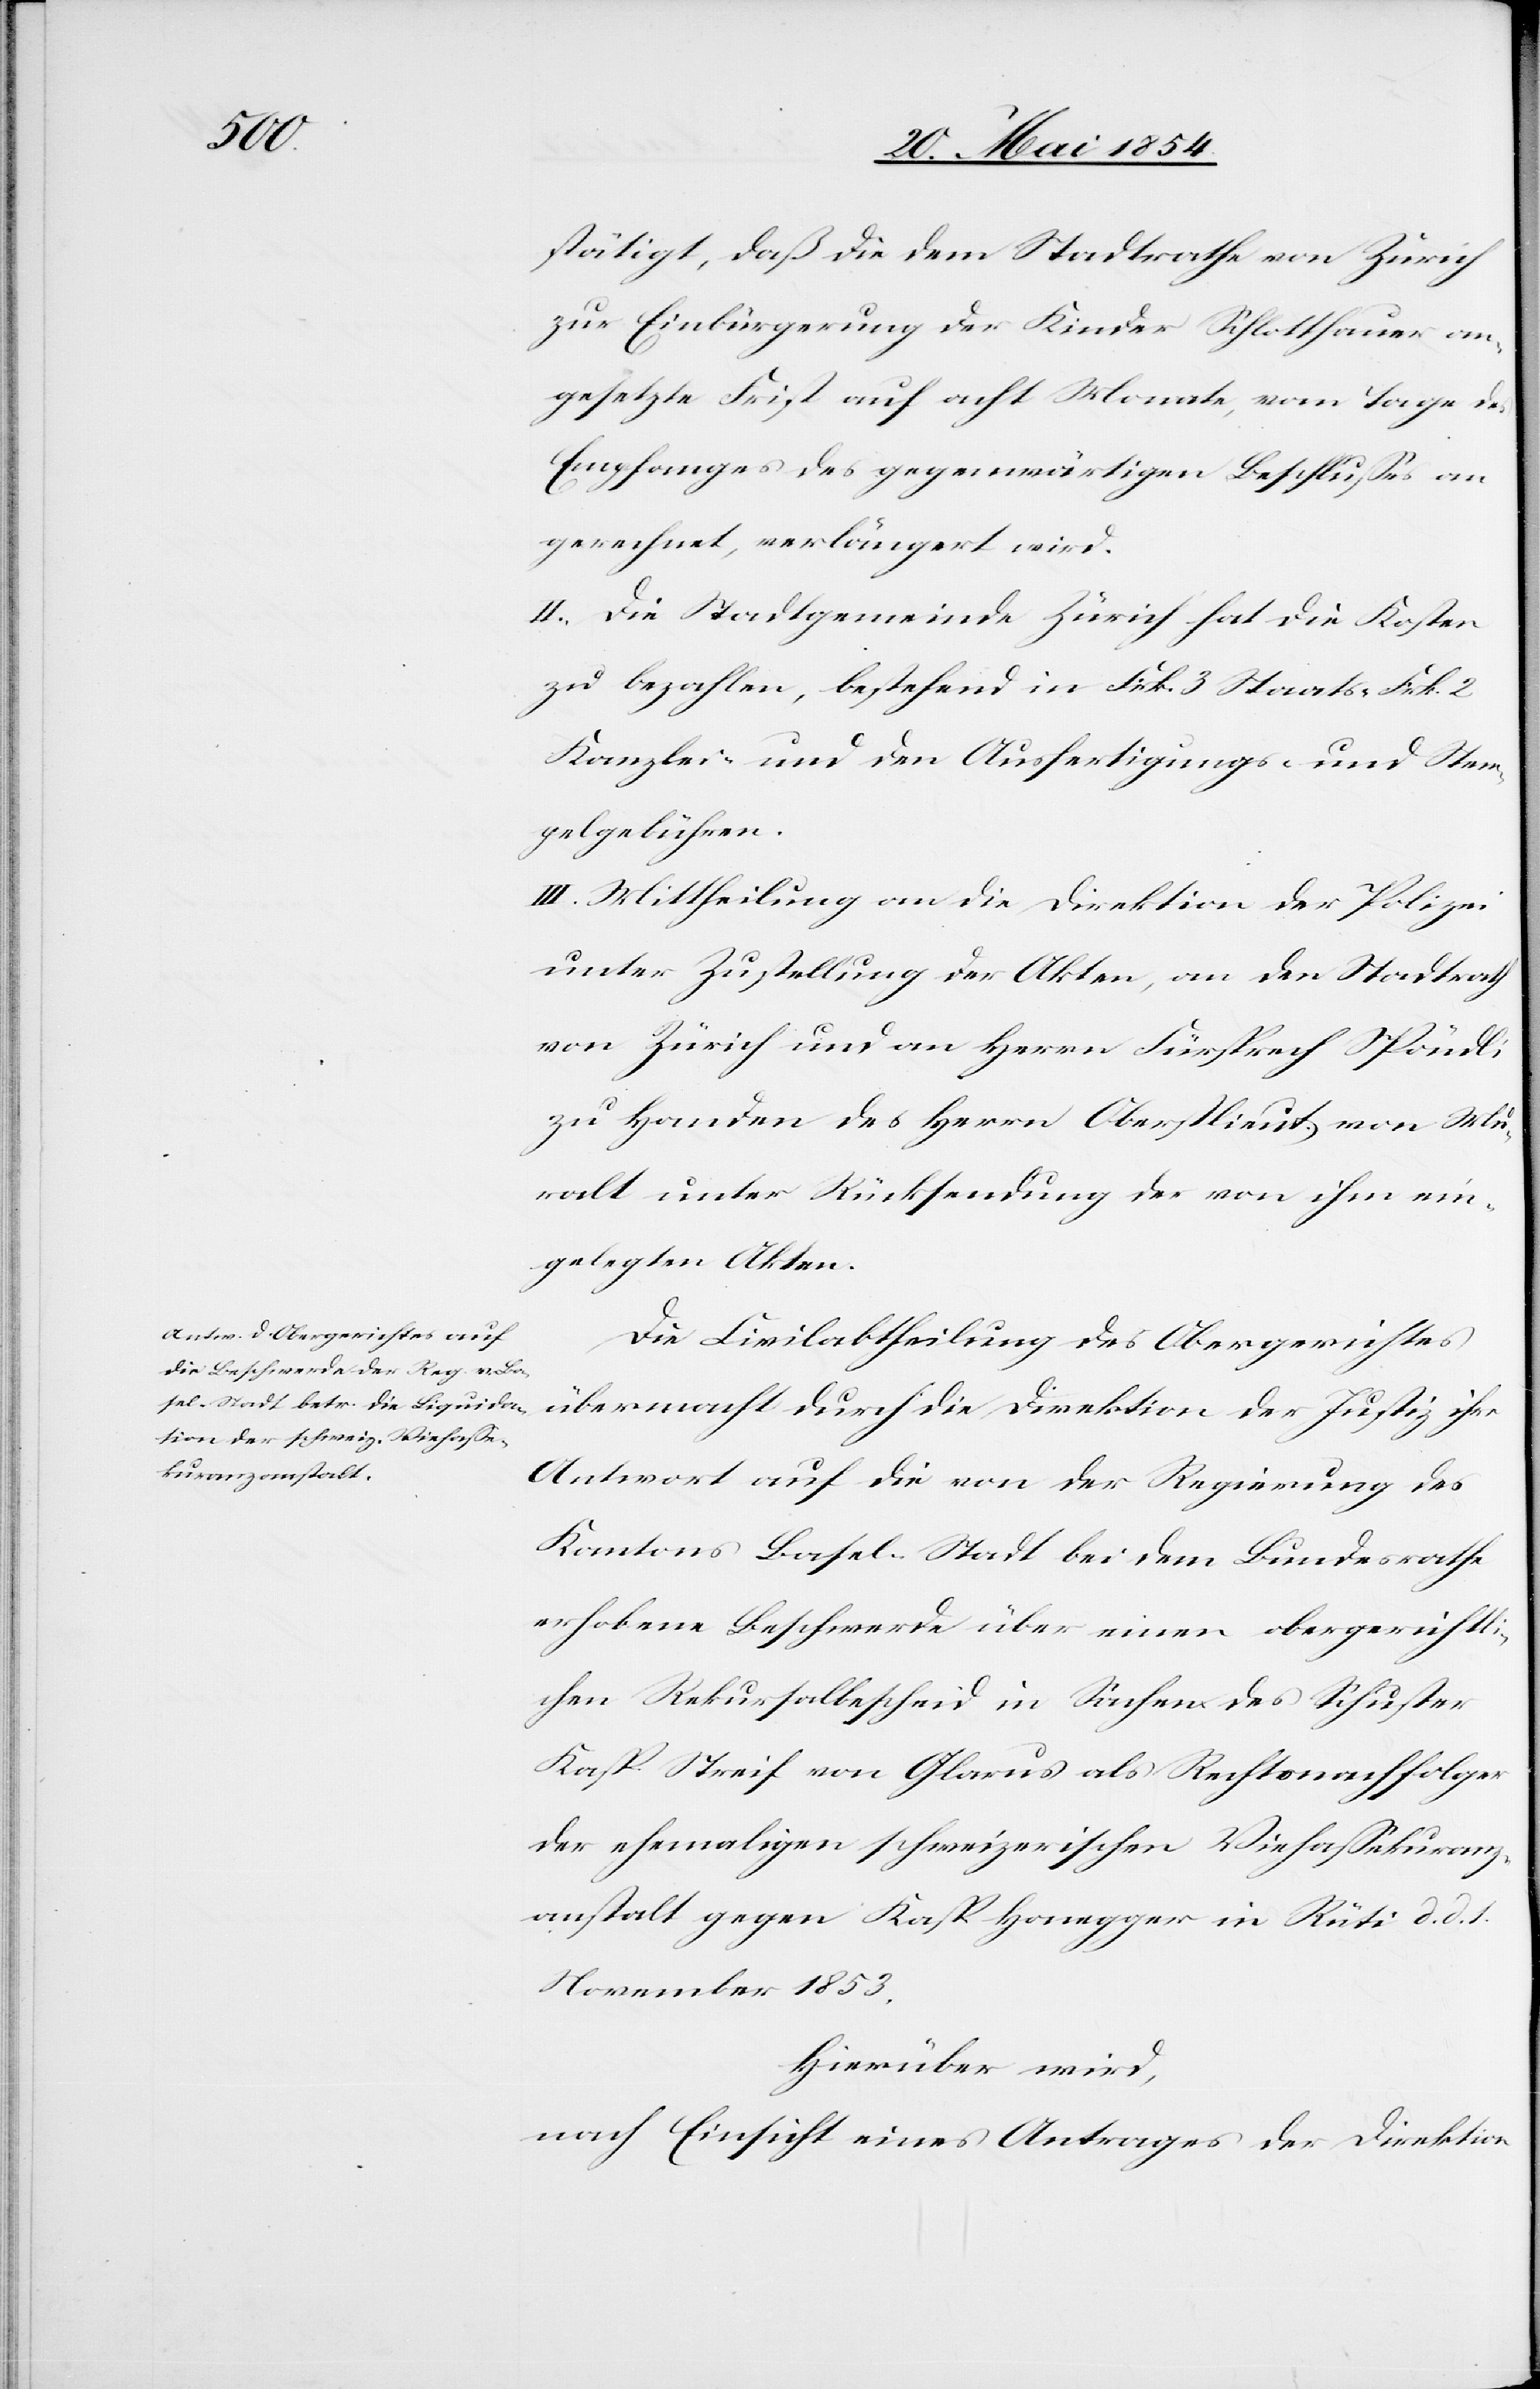
stätigt, daß die dem Stadtrathe von Zürich
zur Einbürgerung der Kinder Schlotthauer an¬
gesetzte Frist auf acht Monate, vom Tage des
Empfanges des gegenwärtigen Beschlußes an
gerechnet, verlängert wird.
II. Die Stadtgemeinde Zürich hat die Kosten
zu bezahlen, bestehend in Frk. 3 Staats-[,] Frk. 2
Kanzlei- und den Ausfertigungs- und Stem¬
pelgebühren.
III. Mittheilung an die Direktion der Polizei
unter Zustellung der Akten, an den Stadtrath
von Zürich und an Herrn Fürsprech Spöndli
zu Handen des Herrn Oberstlieut. von Mu¬
ralt unter Rücksendung der von ihm ein¬
gelegten Akten.
Die Civilabtheilung des Obergerichtes
übermacht durch die Direktion der Justiz ihre
Antwort auf die von der Regierung des
Kantons Basel-Stadt bei dem Bundesrathe
erhobene Beschwerde über einen obergerichtli¬
chen Rekursalbescheid in Sachen des Schuster
Kasp. Streif von Glarus als Rechtsnachfolger
der ehemaligen schweizerischen Viehaßekuranz¬
anstalt gegen Kasp. Honegger in Rüti d. d. 1.
November 1853.
Hierüber wird,
nach Einsicht eines Antrages der Direktion